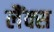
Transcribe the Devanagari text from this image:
लैंक्स